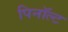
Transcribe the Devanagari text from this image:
पिनॉल्ट